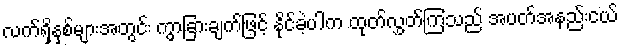
လက်ရှိနှစ်များအတွင်း ကွာခြားချက်ဖြင့် နိုင်ခဲ့ပါက ထုတ်လွှတ်ကြသည် အပတ်အနည်းငယ်